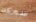
سمكه